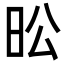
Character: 昖